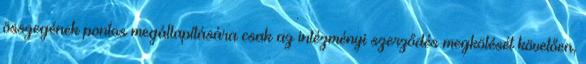
összegének pontos megállapítására csak az intézményi szerződés megkötését követően,